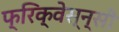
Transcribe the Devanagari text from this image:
फ्रिक्वेस्न्सी